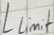
Text: Llimit